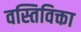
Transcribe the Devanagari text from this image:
वस्तिविक्ता